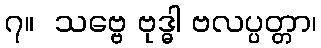
၇။  သဗ္ဗေ ဗုဒ္ဓါ ဗလပ္ပတ္တာ၊